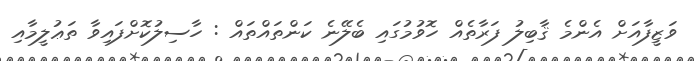
ވަޒީފާއަށް އެންމެ ޤާބިލު ފަރާތެއް ހޮވުމުގައި ބެލޭނެ ކަންތައްތައް : ހާސިލުކޮށްފައިވާ ތަޢުލީމާއި